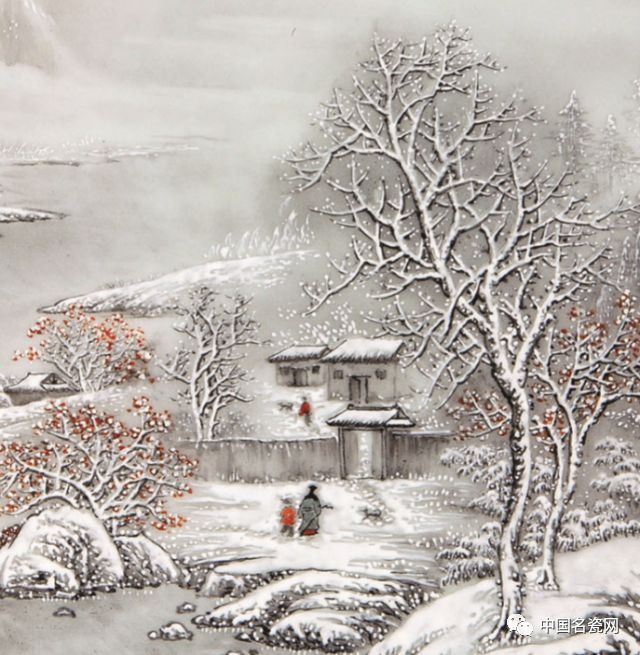
柴门闻犬吠，风雪夜归人。